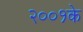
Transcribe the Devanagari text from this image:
२००१के